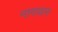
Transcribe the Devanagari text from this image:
नागायन